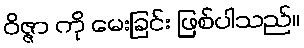
ဝိဇ္ဇာ ကို မေးခြင်း ဖြစ်ပါသည်။